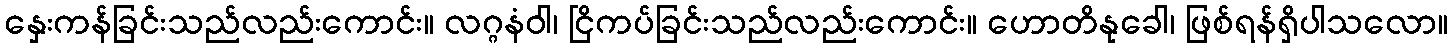
နှေးကန်ခြင်းသည်လည်းကောင်း။ လဂ္ဂနံဝါ၊ ငြိကပ်ခြင်းသည်လည်းကောင်း။ ဟောတိနုခေါ၊ ဖြစ်ရန်ရှိပါသလော။